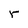
Character: r